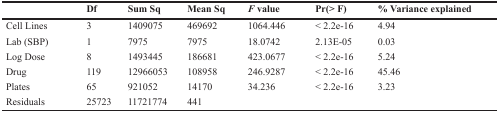
|  | Df | Sum Sq | Mean Sq | F value | Pr(> F) | % Variance explained |
 | --- | --- | --- | --- | --- | --- | --- |
 | Cell Lines | 3 | 1409075 | 469692 | 1064.446 | < 2.2e-16 | 4.94 |
 | Lab (SBP) | 1 | 7975 | 7975 | 18.0742 | 2.13E-05 | 0.03 |
 | Log Dose | 8 | 1493445 | 186681 | 423.0677 | < 2.2e-16 | 5.24 |
 | Drug | 119 | 12966053 | 108958 | 246.9287 | < 2.2e-16 | 45.46 |
 | Plates | 65 | 921052 | 14170 | 34.236 | < 2.2e-16 | 3.23 |
 | Residuals | 25723 | 11721774 | 441 |  |  |  |